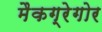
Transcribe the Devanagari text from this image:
मैकग्रेगोर